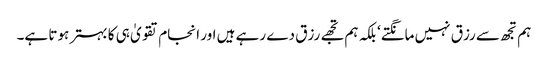
ہم تجھ سے رزق نہیں مانگتے‘ بلکہ ہم تجھے رزق دے رہے ہیں اور انجام تقویٰ ہی کا بہتر ہوتا ہے۔